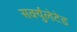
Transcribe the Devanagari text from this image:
सर्क्युलेटेड